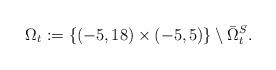
LaTeX: \begin{align*} \Omega_t:=\{(-5,18)\times(-5,5)\}\setminus \bar{\Omega}_t^S.\end{align*}